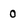
Character: 0